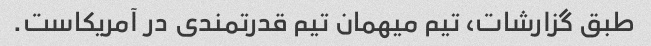
طبق گزارشات، تیم میهمان تیم قدرتمندی در آمریکاست.